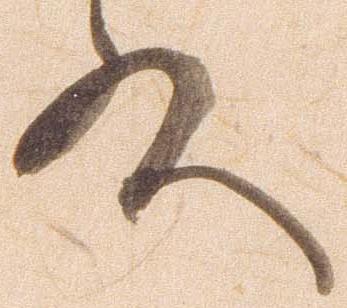
殿